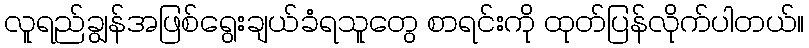
လူရည်ချွန်အဖြစ်ရွေးချယ်ခံရသူတွေ စာရင်းကို ထုတ်ပြန်လိုက်ပါတယ်။